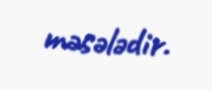
məsələdir.